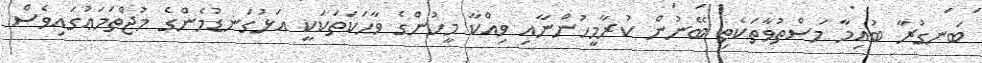
ބަނގުރާ ބުއިމާ މަސްތުވާތަކެތި ބޭނުން ކުރާމީހުންނާއި ވިއްކާ މީހުންގެ ވާހަކަތަކަކީ އަޅުގަނޑުމެންގެ މުޖްތަމަޢުގައިވެސް